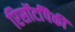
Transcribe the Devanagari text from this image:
रिसॉर्टांपैकी